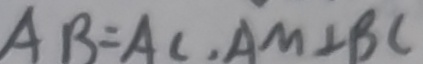
A B = A C , A M \bot B C